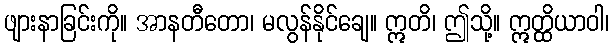
ဖျားနာခြင်းကို။ အာနတီတော၊ မလွန်နိုင်ချေ။ ဣတိ၊ ဤသို့။ ဣတ္ထိယာဝါ၊